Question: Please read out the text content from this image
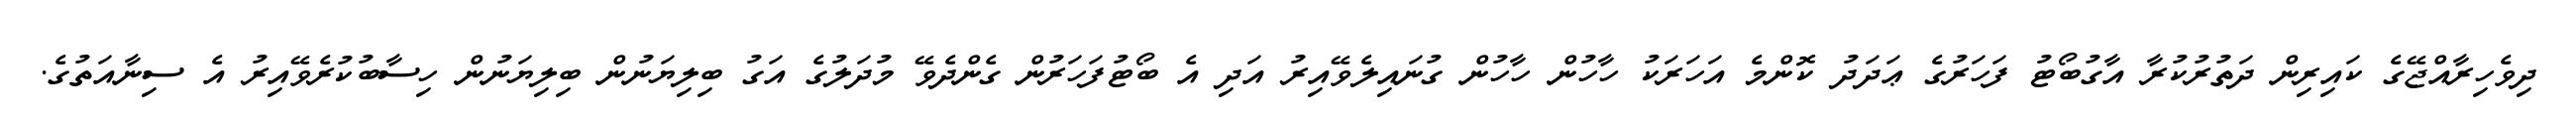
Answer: ދިވެހިރާއްޖޭގެ ކައިރިން ދަތުރުކުރާ އާގުބޯޓު ފަހަރުގެ ޢަދަދު ކޮންމެ އަހަރަކު ހާހުން ހާހުން ގުނައިލެވޭއިރު އަދި އެ ބޯޓުފަހަރުން ގެންދެވޭ މުދަލުގެ އަގު ބިލިޔަނުން ބިލިޔަނުން ހިސާބުކުރެވޭއިރު އެ ސިނާއަތުގެ.